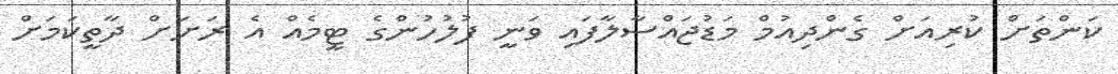
ކަންތަށް ކުރިއަށް ގެންދިއުމް މަޑުޖައްސާލާފައި ވަނީ ފުލުހުންގެ ޓީމެއް އެ ރަށަށް ދާތީކަމަށް